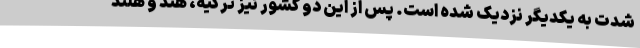
شدت به یکدیگر نزدیک شده است. پس از این دو کشور نیز ترکیه، هند و هلند